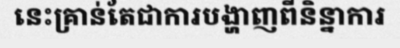
នេះគ្រាន់តែជាការបង្ហាញពីនិន្នាការ